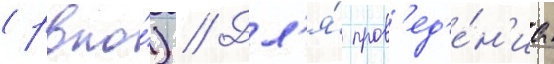
(рвпо́) // Дл'я́ пров'ед'е́н'иа